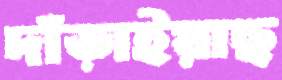
দাঁড়াইয়াছ